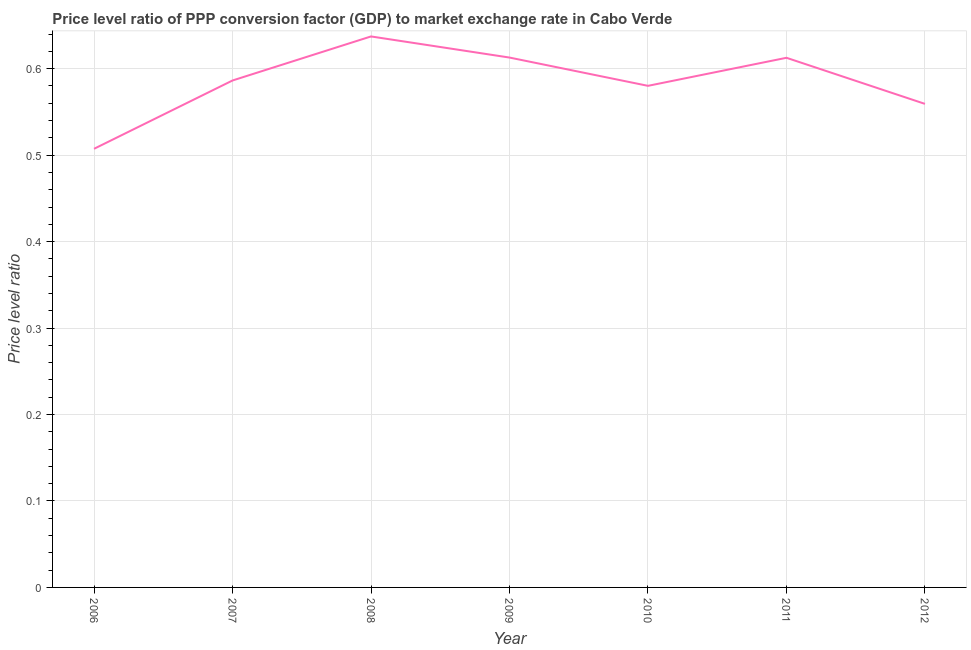
| Year | Price level ratio |
 | --- | --- |
 | 2006 | 0.507 |
 | 2007 | 0.586 |
 | 2008 | 0.637 |
 | 2009 | 0.613 |
 | 2010 | 0.58 |
 | 2011 | 0.613 |
 | 2012 | 0.559 |